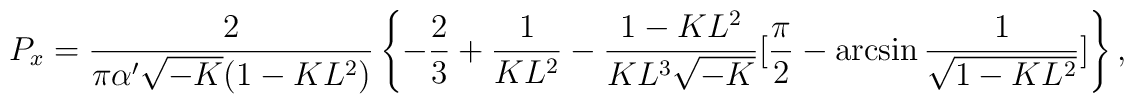
P_x=\frac{2}{\pi\alpha'\sqrt{-K}(1-KL^2)}\left\{-\frac{2}{3}+\frac{1}{KL^2}-\frac{1-KL^2}{KL^3\sqrt{-K}}[\frac{\pi}{2}-\arcsin\frac{1}{\sqrt{1-KL^2}}]\right\},